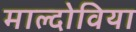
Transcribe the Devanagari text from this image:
माल्दोविया